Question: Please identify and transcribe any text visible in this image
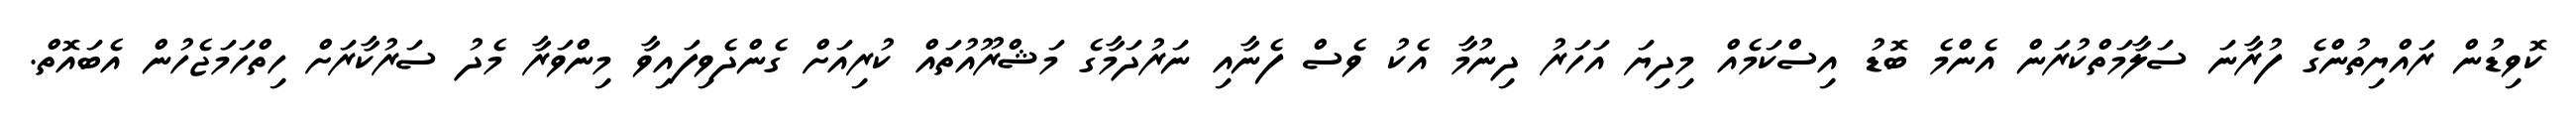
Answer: ކޮވިޑުން ރައްޔިތުންގެ ފުރާނަ ސަލާމަތްކުރަން އެންމެ ބޮޑު އިސްކަމެއް މިދިޔަ އަހަރު ދިނުމާ އެކު ވެސް ފެނާއި ނަރުދަމާގެ މަޝްރޫއުތައް ކުރިއަށް ގެންދެވިފައިވާ މިންވަރާ މެދު ސަރުކާރަށް ހިތްހަމަޖެހުން އެބައޮތް.